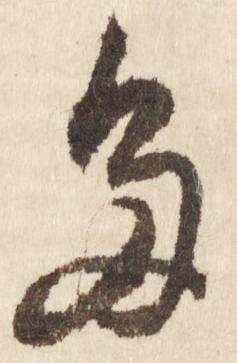
た